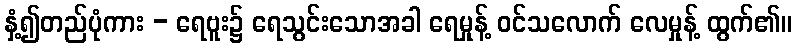
နှံ့၍တည်ပုံကား - ရေဗူး၌ ရေသွင်းသောအခါ ရေမှုန့် ဝင်သလောက် လေမှုန့် ထွက်၏။